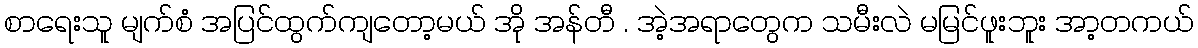
စာရေးသူ မျက်စံ အပြင်ထွက်ကျတော့မယ် အို အန်တီ . အဲ့အရာတွေက သမီးလဲ မမြင်ဖူးဘူး အာ့တကယ်